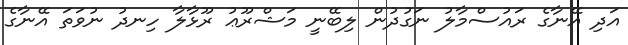
އަދި އޭނާގެ ރައުސްމާލު ނަގުދުން ލިބޭނީ މަޝްރޫޢު ރޫޅާލާ ހިނދު ނުވަތަ އޭނާގެ